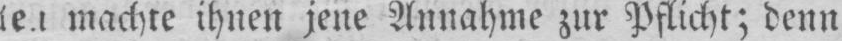
machte ihnen jene Annahme zur Pflicht; denn